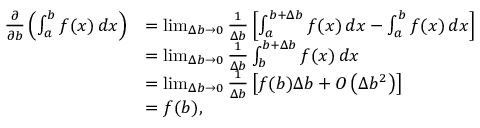
{ \begin{array} { r l } { { \frac { \partial } { \partial b } } \left( \int _ { a } ^ { b } f ( x ) \, d x \right) } & { = \operatorname* { l i m } _ { \Delta b \to 0 } { \frac { 1 } { \Delta b } } \left[ \int _ { a } ^ { b + \Delta b } f ( x ) \, d x - \int _ { a } ^ { b } f ( x ) \, d x \right] } \\ & { = \operatorname* { l i m } _ { \Delta b \to 0 } { \frac { 1 } { \Delta b } } \int _ { b } ^ { b + \Delta b } f ( x ) \, d x } \\ & { = \operatorname* { l i m } _ { \Delta b \to 0 } { \frac { 1 } { \Delta b } } \left[ f ( b ) \Delta b + O \left( \Delta b ^ { 2 } \right) \right] } \\ & { = f ( b ) , } \end{array} }